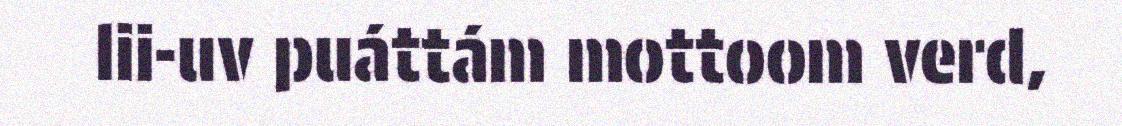
lii-uv puáttám mottoom verd,